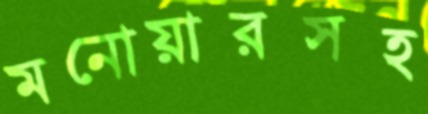
মনোয়ারসহ